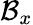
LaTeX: \mathcal{B}_{x}